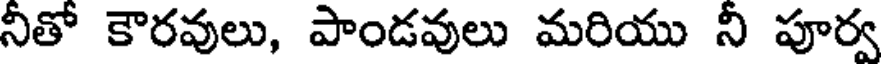
నీతో కౌరవులు, పాండవులు మరియు నీ పూర్వ